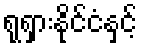
ရုရှားနိုင်ငံနှင့်